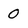
Character: 0